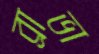
ব্রাভা